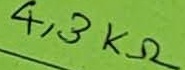
Text: 4,3KΩ